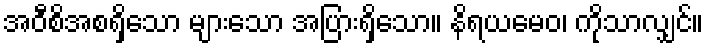
အဝီစိအစရှိသော များသော အပြားရှိသော။ နိရယမေဝ၊ ကိုသာလျှင်။